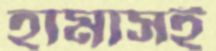
হামাসই